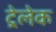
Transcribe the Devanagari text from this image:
ट्रेलेक